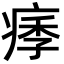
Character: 痵